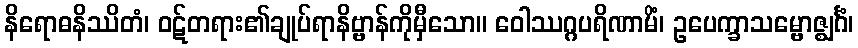
နိရောဓနိဿိတံ၊ ဝဋ်တရား၏ချုပ်ရာနိဗ္ဗာန်ကိုမှီသော။ ဝေါဿဂ္ဂပရိဏာမိံ၊ ဥပေက္ခာသမ္ဗောဇ္ဈင်္ဂံ၊